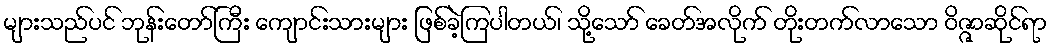
များသည်ပင် ဘုန်းတော်ကြီး ကျောင်းသားများ ဖြစ်ခဲ့ကြပါတယ်၊ သို့သော် ခေတ်အလိုက် တိုးတက်လာသော ဝိဇ္ဇာဆိုင်ရာ